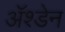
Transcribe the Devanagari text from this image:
ॲश्डेन